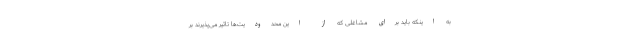
به اینکه باید برای مشاغلی که از این محدودیت‌ها تاثیر می‌پذیرند بر